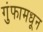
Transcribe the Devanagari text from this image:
गुंफामधून